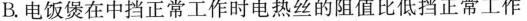
B.电饭煲在中挡正常工作时电热丝的阻值比低挡正常工作